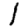
Digit: 1